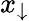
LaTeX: x_{\downarrow}